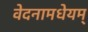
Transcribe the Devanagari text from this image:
वेदनामधेयम्